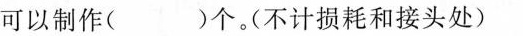
可以制作( )个。（不计损耗和接头处）